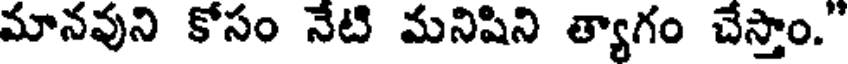
మానవుని కోసం నేటి మనిషిని త్యాగం చేస్తాం."